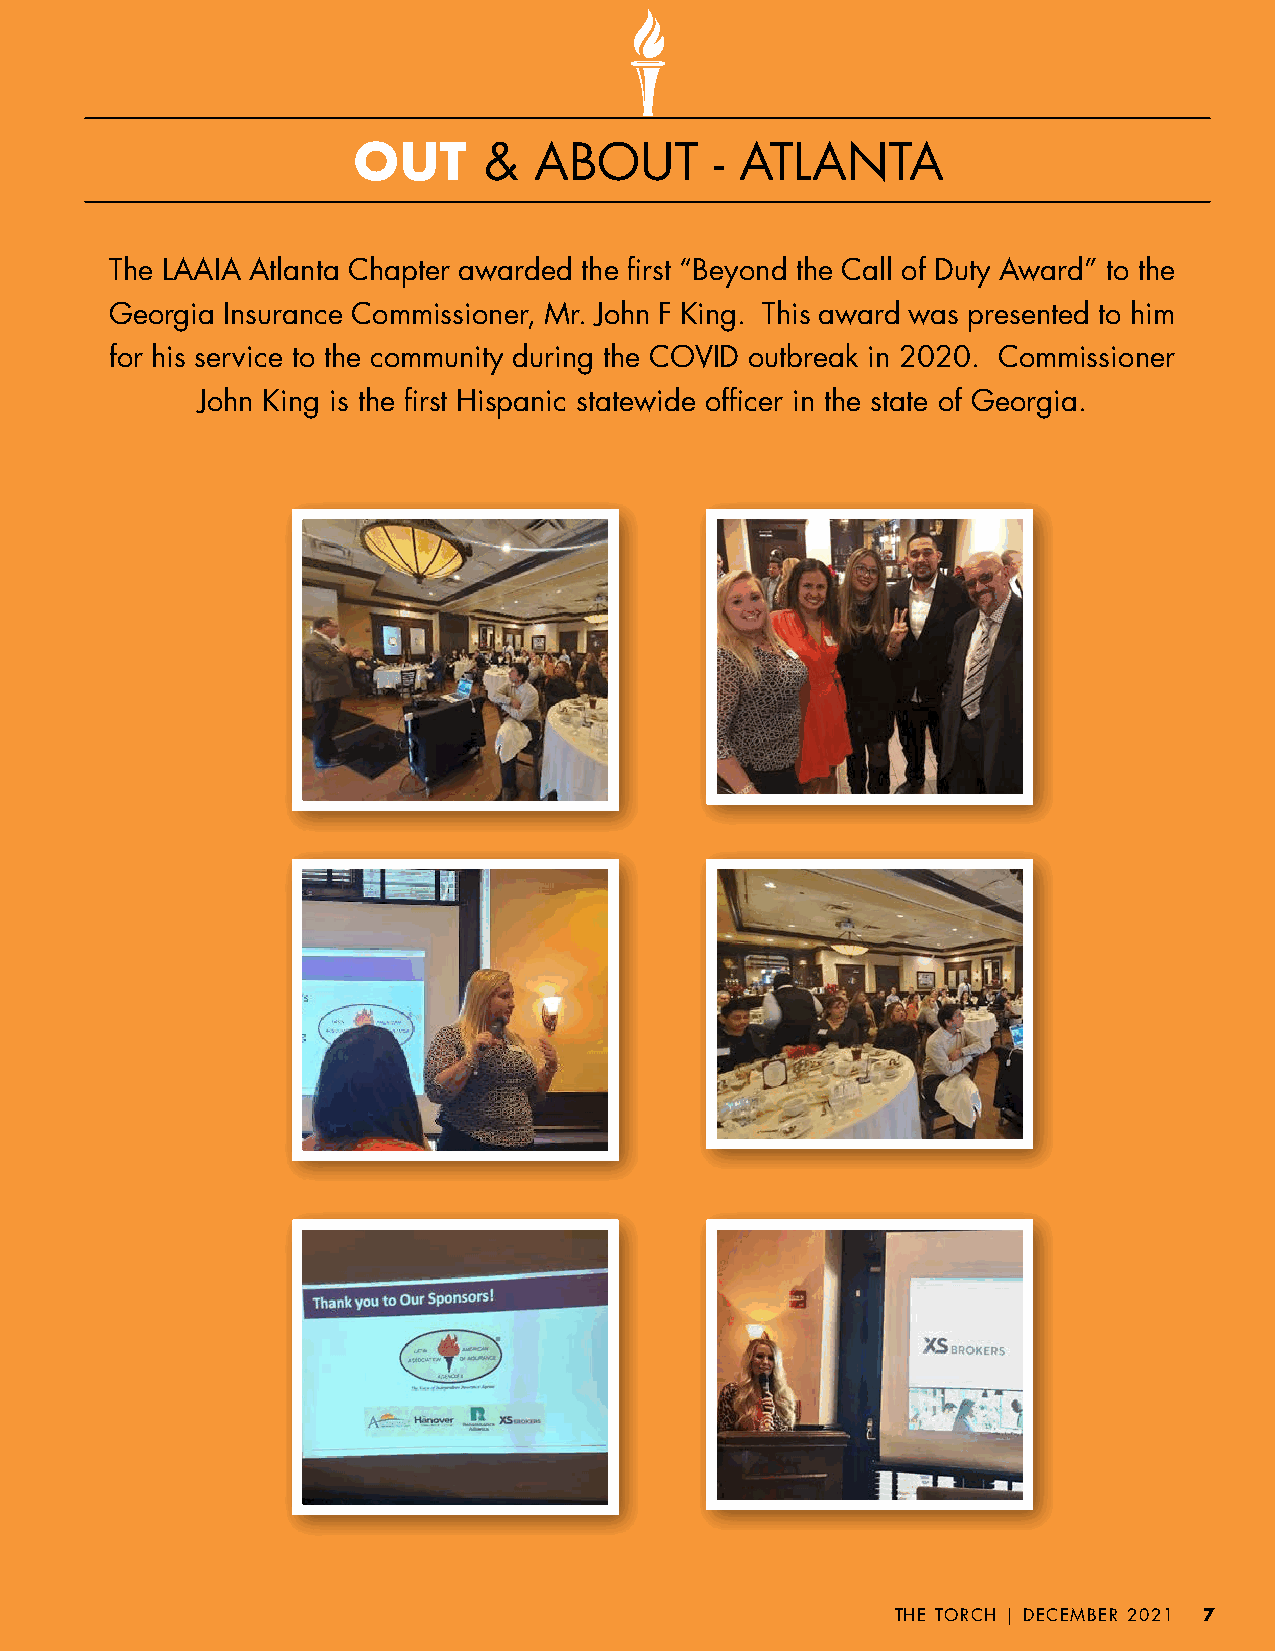
OUT      &  ABOUT       - ATLANTA
 The LAAIA Atlanta Chapter awarded the first “Beyond the Call of Duty Award” to the
 Georgia Insurance Commissioner, Mr. John F King. This award was presented to him
 for his service to the community during the COVID outbreak in 2020. Commissioner
 John King is the first Hispanic statewide officer in the state of Georgia.
 THE TORCH |DECEMBER 2021 7
 THE TORCH | AUGUST 2021 77
 THE TORCH | DECEMBER 2021 77